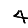
Digit: 4